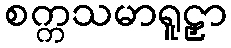
စက္ကသမာရူဠှာ